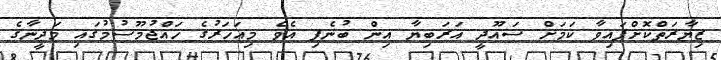
ޒިޔާރަތްކޮށްފައިވާ ކަމަށް ސައޫދީ އަރަބިޔާ އިން ބުނެފި އެވެ މިއަހަރުގެ ހައްޖުމޫސުމުގައި މަދީނާގެ